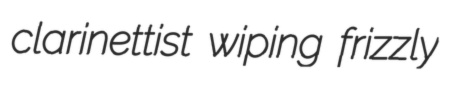
clarinettist wiping frizzly